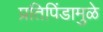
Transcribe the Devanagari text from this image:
प्रतिपिंडामुळे